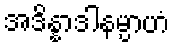
အဒိန္နာဒါနမ္ပာဟံ